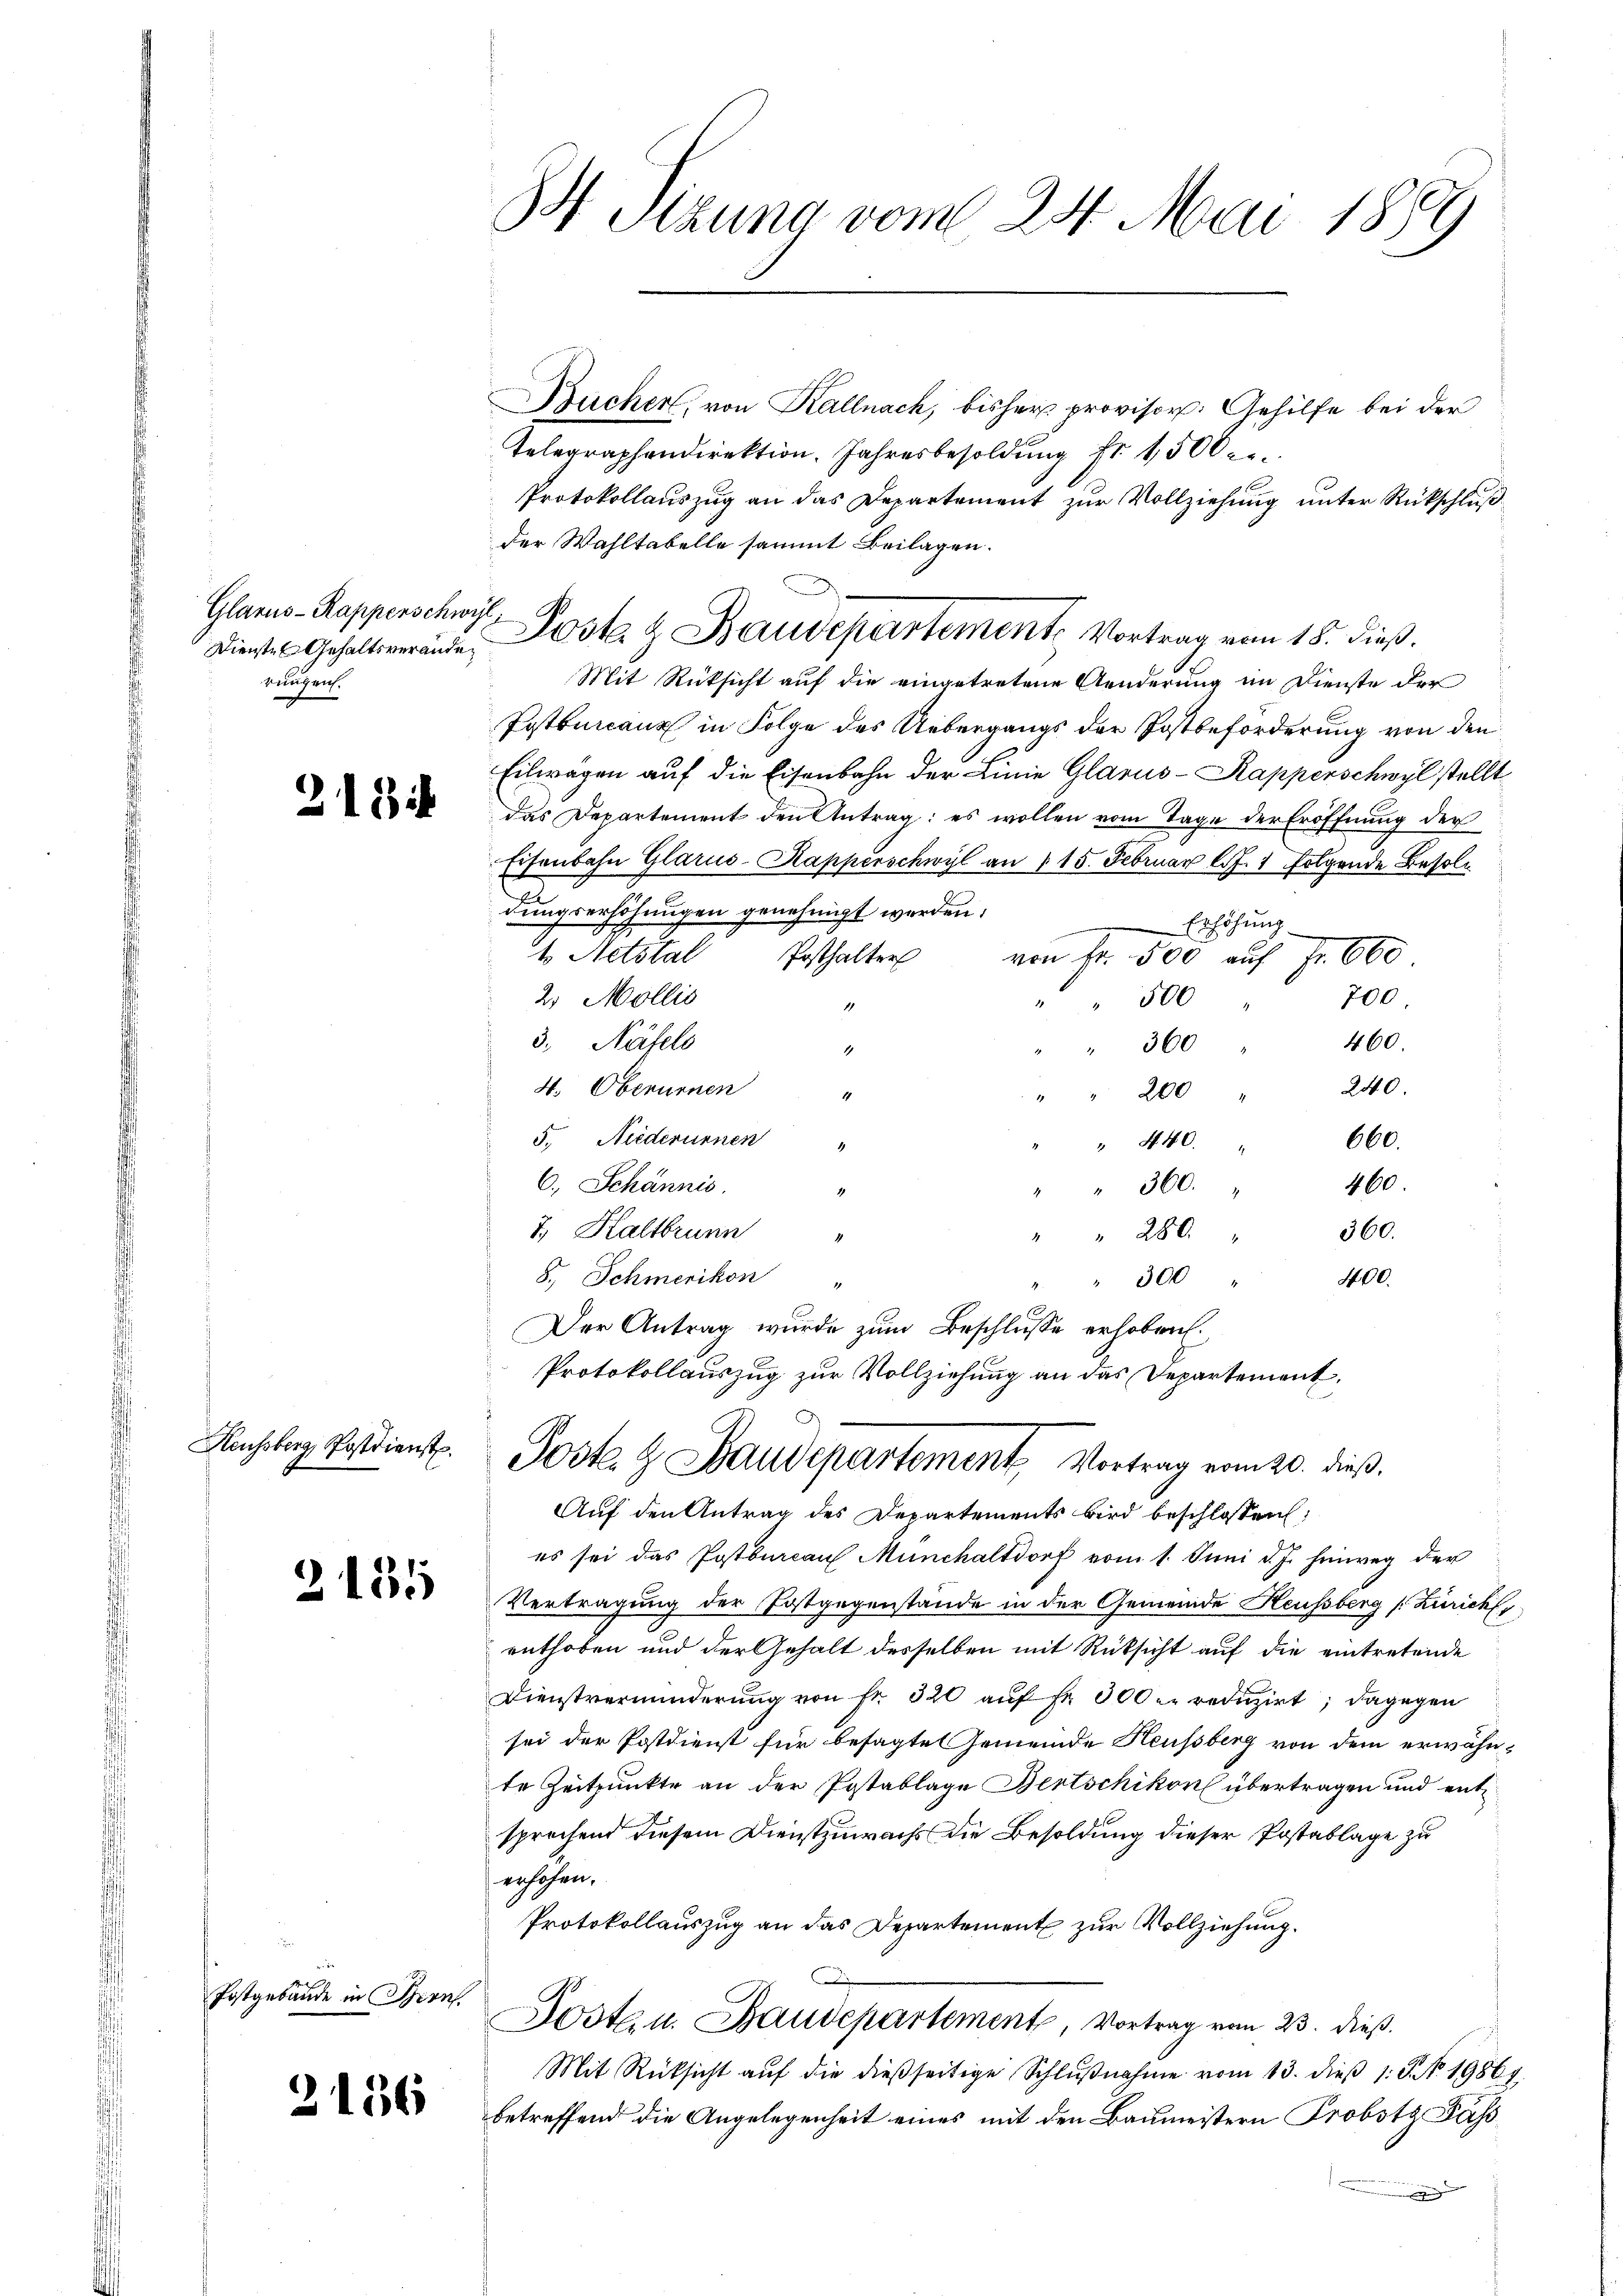
Dienstel Gehaltsveränder
rungen.

218

Hauchsberg, Postdienst

2135

Postgebäude in Son

3156

84 Sizung vom 24. Mai 1889

Buchen, von Kallnach, bisher provisor. Gehilfe bei der
Telegraphendirektion. Jahresbesoldŭng fr. 1,500 re
Protokollauszug an das Departement zur Vollziehung unter Rückschluß
der Wahltabelle sammt Beilagen.
Mit Rücksicht auf die eingetretene Aenderung im Dienste der
Postbureaux in Folge des Uebergangs der Postbeforderung von den
Eilwagen auf die Eisenbahn der Linie Glarus-Kapperschwyl stellt
das Departement den Antrag: es wollen vom Tage der Eröffnung der
Eisenbahn Glarus-Kapperschwyl an 1 15. Februar l. J. 1 folgende Besoldungserhöhungen genehmigt werden.
Erhöhung
t Netstal Posthalter von Fr. 500 aŭf Fr. 600
700.
2. Mollis
" 500
3. Näfels
460.
360
1
240.
4. Oberurnen
" " 200
5. Niederunnen "
660.
" 440.
160
6. Schännis.
 360.
7) Kaltbrunn
360.
" 280
8., Schmerikon "
" 300 " 400.
Der Antrag wurde zum Beschlusse erhoben.
Protokollauszug zur Vollziehung an das Departement,
Jost & Baudepartement, Vortrag vom 20. dieß.
Auf den Antrag des Departements wird beschlossen:
es sei das Postbureau Münchaltdorf vom 1. Juni d. J. hinweg der
Vertragung der Postgegenstande in der Gemeinde Heussberg [Zürich
enthoben und der Gehalt desselben mit Rücksicht auf die eintretende
Dienstverminderung von fr. 320 auf Fr. 300 reduzirt; dagegen
sei der Postdienst für besagte Gemeinde Heussberg von dem erwähnte Zeitpunkte an der Postablage Bertschikon übertragen und ent
sprechend diesem Dienstzuwachs die Besoldung dieser Postablage zu
erhöhen.
Protokollauszug an das Departement zur Vollziehung.
C
Jost u. Baudepartement, Vortrag vom 23. dieß.
Mit Rücksicht aŭf die dieβ seitige Schlŭβnahme vom 13. dieβ 1. P. Nr. 19864.
betreffend die Angelegenheit eines mit den Baumeistern Probstz Pass

Glarus-Rapperschwyl Posta & Baudepartement. Vortrag von 18. dieß.